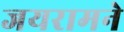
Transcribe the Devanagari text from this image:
जयरामने